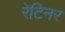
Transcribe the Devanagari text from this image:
रेटिनर